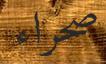
صحراء